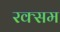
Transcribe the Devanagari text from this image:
रक्सम